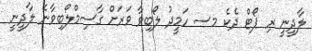
ލާދީނީ ރި ޕޯޓް ދެކެ މސ ހަމީދު ލޯބިވާ ވަރަށް ގާސިމްލޯބިވާނެ ލާދީނީ